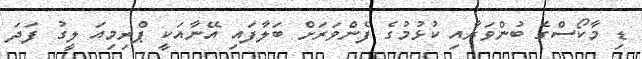
ޑި މާކޯސްގެ ބުންވަރާއި ކުޅުމުގެ ފެންވަރަށް ބަލާފައި އޭނާއަކީ ޕްރިމިއަ ލީގު ފަދަ